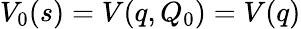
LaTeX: V_{0}(s)=V(q,Q_{0})=V(q)